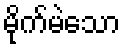
မိုက်မဲသော